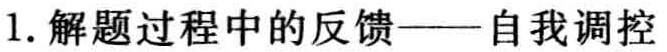
1. 解题过程中的反馈——自我调控